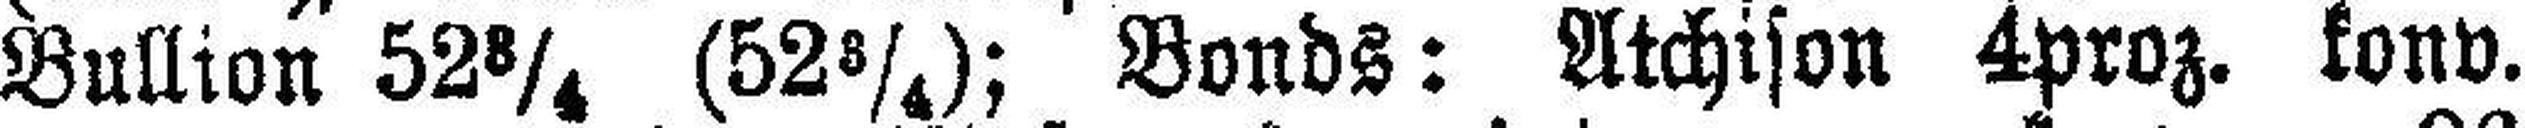
Bullion 52¾ (52¾); Bonds: Atchison 4proz. konv.